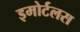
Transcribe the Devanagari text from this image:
इमोर्टलस